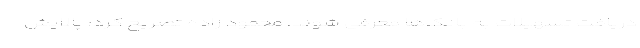
دریافت تسهیلات به بانک‌ها معرفی شوند. محمود زاده تصریح کرد: پالایش